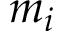
m _ { i }